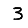
Digit: 3